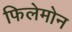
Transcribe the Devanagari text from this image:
फिलेमोन